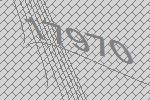
17970